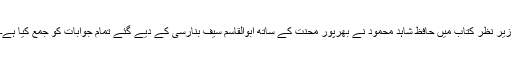
زیر نظر کتاب میں حافظ شاہد محمود نے بھرپور محنت کے ساتھ ابوالقاسم سیف بنارسی کے دیے گئے تمام جوابات کو جمع کیا ہے۔